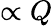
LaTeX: \propto Q